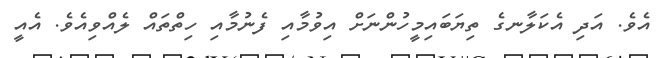
އެވެ. އަދި އެކަލާނގެ ތިޔަބައިމީހުންނަށް އިވުމާއި ފެނުމާއި ހިތްތައް ލެއްވިއެވެ. އެއީ